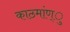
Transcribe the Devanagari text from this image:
काठमांण्ु